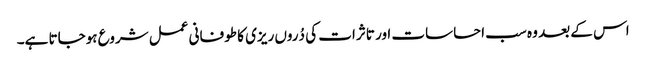
اس کے بعد وہ سب احساسات اور تاثرات کی دُروں ریزی کا طوفانی عمل شروع ہوجاتا ہے۔